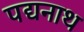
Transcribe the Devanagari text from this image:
पद्यनाथ